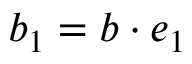
b _ { 1 } = \boldsymbol { b } \cdot \boldsymbol { e } _ { 1 }